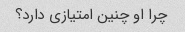
چرا او چنین امتیازی دارد؟